[Report on the health of British troops in the Madras command]
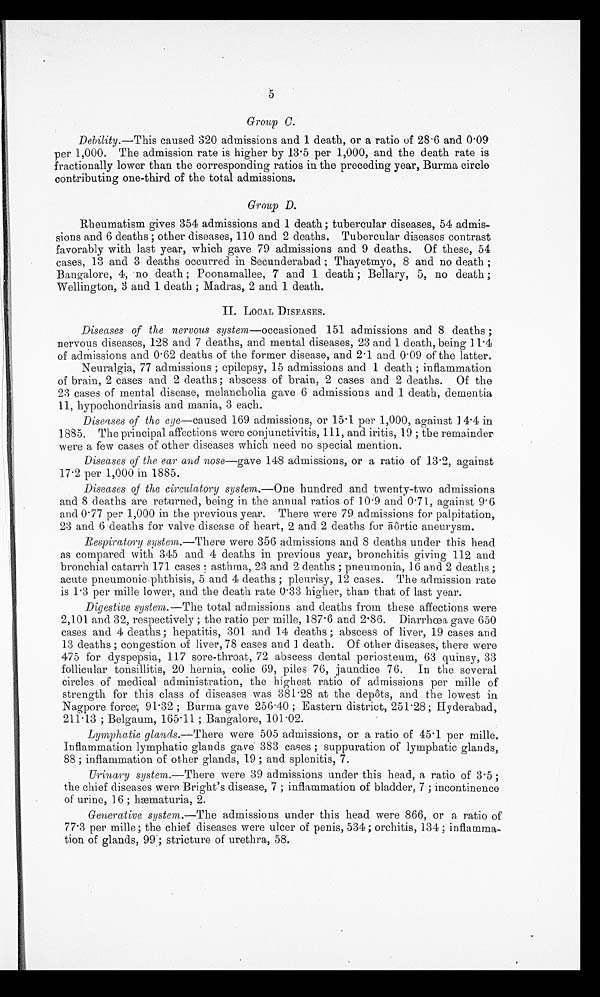
5
Group C.
Debility.— This caused 320 admissions and 1 death, or a ratio of 28.6 and 0.09
per 1,000. The admission rate is higher by 13.5 per 1,000, and the death rate is
fractionally lower than the corresponding ratios in the preceding year, Burma circle
contributing one-third of the total admissions.
Group D.
Rheumatism gives 354 admissions and 1 death ; tubercular diseases, 54 admis
-sions and 6 deaths ; other diseases, 110 and 2 deaths. Tubercular diseases contrast
favorably with last year, which gave 79 admissions and 9 deaths. Of these, 54
cases, 13 and 3 deaths occurred in Secunderabad ; Thayetmyo, 8 and no death ;
Bangalore, 4, no death ; Poonamallee, 7 and 1 death ; Bellary, 5, no death ;
Wellington, 3 and 1 death ; Madras, 2 and 1 death.
II. LOCAL DISEASES.
Diseases of the nervous system—occasioned 151 admissions and 8 deaths ;
nervous diseases, 128 and 7 deaths, and mental diseases, 23 and 1 death, being 11.4
of admissions and 0.62 deaths of the former disease, and 2 . 1 and 0 . 09 of the latter.
Neuralgia, 77 admissions ; epilepsy, 15 admissions and 1 death ; inflammation
of brain, 2 cases and 2 deaths ; abscess of brain, 2 cases and 2 deaths. Of the
23 cases of mental disease, melancholia gave 6 admissions and 1 death, dementia
11, hypochondriasis and mania, 3 each.
Diseases of the eye—caused 169 admissions, or 15.1 per 1,000, against 14.4 in
1885. The principal affections were conjunctivitis, 111, and iritis, 19 ; the remainder
were a few cases of other diseases which need no special mention.
Diseases of the ear and nose—gave 148 admissions, or a ratio of 13.2, against
17.2 per 1,000 in 1885.
Diseases of the circulatory system.— One hundred and twenty-two admissions
and 8 deaths are returned, being in the annual ratios of 10.9 and 0.71, against 9.6.
and 0.77 per 1,000 in the previous year. There were 79 admissions for palpitation,
23 and 6 deaths for valve disease of heart, 2 and 2 deaths for āôrtic aneurysm.
Respiratory system.— There were 356 admissions and 8 deaths under this head
as compared with 345 and 4 deaths in previous year, bronchitis giving 112 and
bronchial catarrh 171 cases ; asthma, 23 and 2 deaths ; pneumonia, 16 and 2 deaths ;
acute pneumonic phthisis, 5 and 4 deaths ; pleurisy, 12 cases. The admission rate
is 1.3 per mille lower, and the death rate 0.33 higher, than that of last year.
Digestive system.— The total admissions and deaths from these affections were
2,101 and 32, respectively ; the ratio per mille, 187.6 and 2.86. .Diarrhœa gave 650
cases and 4 deaths ; hepatitis, 301 and 14 deaths ; abscess of liver, 19 cases and
13 deaths ; congestion of liver, 78 cases and 1 death. Of other diseases, there were
475 for dyspepsia, 117 sore-throat, 72 abscess dental periosteum, 63 quinsy, 33
follicular tonsillitis, 20 hernia, colic 69, piles 76, jaundice 76. In the several
circles of medical administration, the highest ratio of admissions per mille of
strength for this class of diseases was 381.28 at the depôts, and the lowest in
Nagpore force; 91.32 ; Burma gave 256.40 ; Eastern district, 251.28 ; Hyderabad,
211.13 ; Belgaum, 165.11 ; Bangalore, 101.02.
Lymphatic glands.—There were 505 admissions, or a ratio of 45.1 per mille.
Inflammation lymphatic glands gave 383 cases ; suppuration of lymphatic glands,
88 ; inflammation of other glands, 19 ; and splenitis, 7 .
Urinary system.— There were 39 admissions under this head, a ratio of 3.5 ;
the chief diseases were Bright's disease, 7 ; inflammation of bladder, 7 ; incontinence
of urine, 16 ; hæmaturia, 2.
Generative system.—The admissions under this head were 866, or a ratio of
77.3 per mille ; the chief diseases were ulcer of penis, 534 ; orchitis, 134 ; inflamma
-tion of glands, 99 ; stricture of urethra, 58.